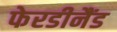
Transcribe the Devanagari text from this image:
फेरडीनैंड